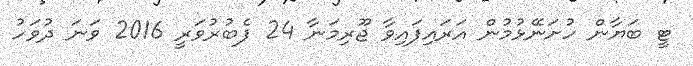
ޓީ ބަޔާން ހުށަނޭޅުމުން އަރައިފައިވާ ޖޫރިމަނާ 24 ފެބުރުވަރީ 2016 ވަނަ ދުވަހު